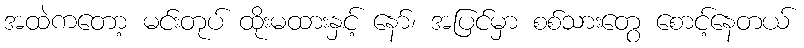
အထဲကတော့ မင်းတုပ် ထိုးမထားနှင့် နော်၊ အပြင်မှာ စစ်သားတွေ စောင့်နေတယ်